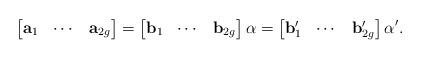
LaTeX: \begin{align*}\left[\begin{matrix}\mathbf{a}_1 & \cdots & \mathbf{a}_{2g}\end{matrix}\right]=\left[\begin{matrix}\mathbf{b}_1 & \cdots & \mathbf{b}_{2g}\end{matrix}\right]\alpha=\left[\begin{matrix}\mathbf{b}_1' & \cdots & \mathbf{b}_{2g}'\end{matrix}\right]\alpha'.\end{align*}